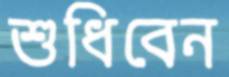
শুধিবেন